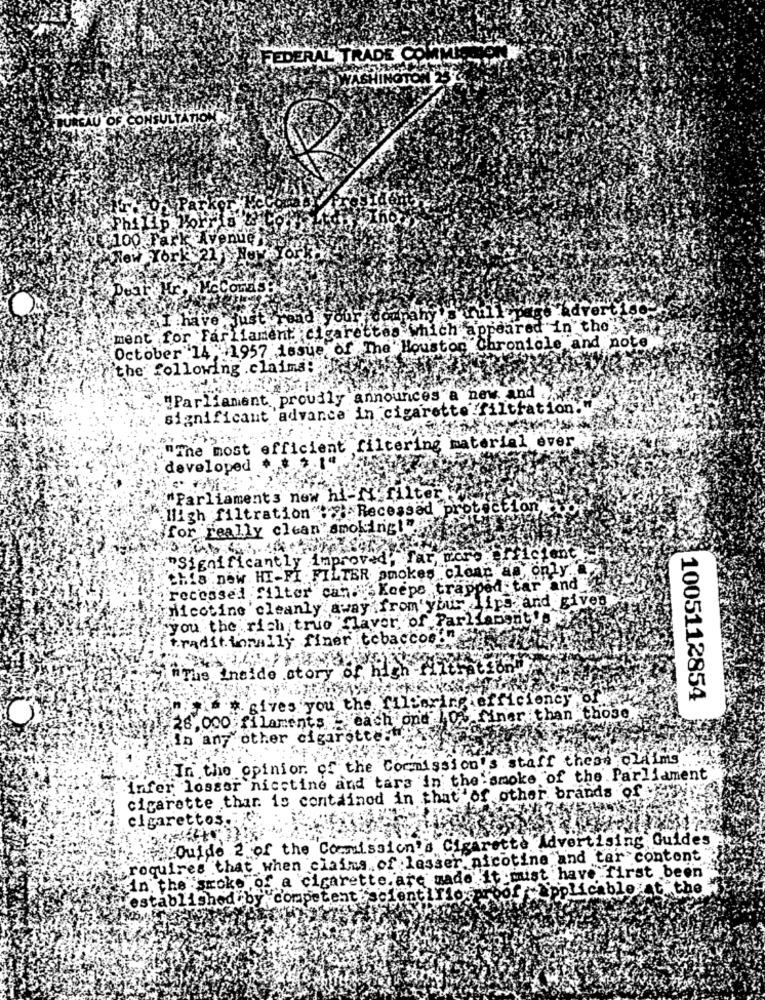
FEDERAL TRADE COM
WASHINGTON 25
AU OF CO
NSULTATIC
$100 Fark
venu
New York$2
adver
thave just
and your
Thahy
ment for Farliament cigarettes which appeared in the
October 14:1957 issue of The' Houston Chronicle and note
the following .claims:
"Parliament proudly announces a new and
significant advance in cigarette filtration."
"The most efficient filtering material ever
2.14
developed #
"Parliaments now h
ilter
ligh filtration": > Recessad
{for really clean smoking!""
ent
"Significantly improved, far, wo
Chia new HI-FI . FILTER smokes clear as
recessed filter can. Keeps trapped
and
Nicotine 'cleanly away from your Lips and gives
fryou the rich true flavor of Parliamentyo
traditionally finer tobaccos
inThe inside story of, high
efficiency;
1005112854
* gives you the TilLeri
28,000 filaments - each one 100 finer than
those
in any other cigarette
In the opinion of the Commission's staff these Claims
Infer lesser nicctine and tars in the smoke of the Parliament
cigarette thar is contained in that of other brands of y
cigarettos.
#XOuide 2 of the Commission's Cigarette Advertising Guides
requires that when claims of lasser nicotine and tar content
in. the smoke , of a cigarette. are made it must have first been
Applicable th
establi
by competenti's
cientifiou